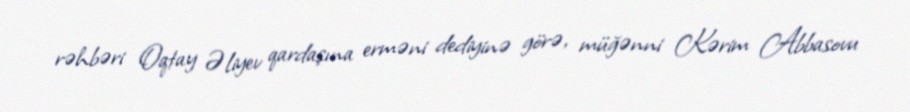
rəhbəri Oqtay Əliyev qardaşına erməni dediyinə görə, müğənni Kərim Abbasovu